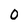
Character: 0